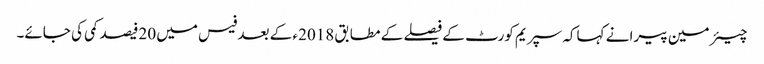
چیئر مین پیرا نے کہاکہ سپریم کورٹ کے فیصلے کے مطابق 2018ء کے بعد فیس میں 20فیصد کمی کی جائے۔